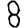
Digit: 8